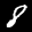
Label: 8